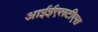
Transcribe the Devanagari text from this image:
आईईएलटीएस